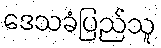
ဒေသခံပြည်သူ